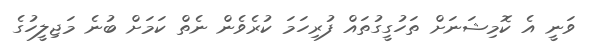
ވަނީ އެ ކޮމިޝަނަށް ތަހުގީގުތައް ފުރިހަމަ ކުރެވެން ނެތް ކަމަށް ބުނެ މަޖިލީހުގެ